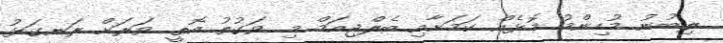
ލިބުނު މުހިންމު މޮޅެއް ކަމަށާއި ބެލްޖިއަމް މި ވަގުތު އޮތީ ވަރަށް ރަނގަޅު